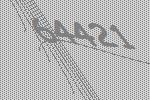
64421